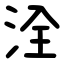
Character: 洤